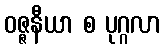
ဝဇ္ဇနီယာ စ ပုဂ္ဂလာ